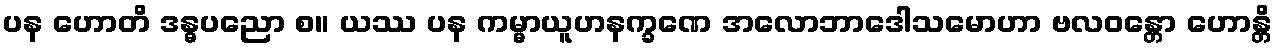
ပန ဟောတိ ဒန္ဓပညော စ။ ယဿ ပန ကမ္မာယူဟနက္ခဏေ အလောဘာဒေါသမောဟာ ဗလဝန္တော ဟောန္တိ